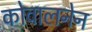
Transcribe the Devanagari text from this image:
कोवालनेन